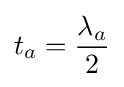
t_{a}={\frac {\lambda _{a}}{2}}